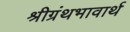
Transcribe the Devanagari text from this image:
श्रीग्रंथभावार्थ